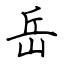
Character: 岳